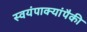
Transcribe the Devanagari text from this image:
स्वयंपाक्यांपैकी